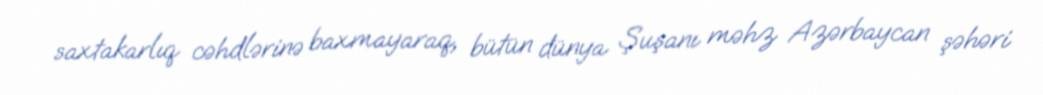
saxtakarlıq cəhdlərinə baxmayaraq, bütün dünya Şuşanı məhz Azərbaycan şəhəri